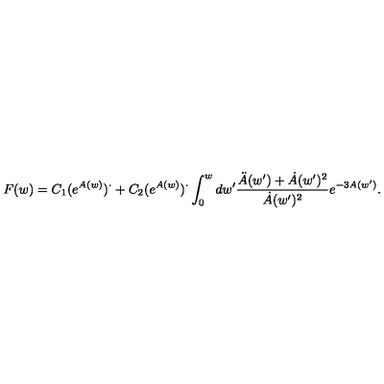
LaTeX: F ( w ) = C _ { 1 } ( e ^ { A ( w ) } ) ^ { \cdot } + C _ { 2 } ( e ^ { A ( w ) } ) ^ { \cdot } \int _ { 0 } ^ { w } d w ^ { \prime } \frac { \ddot { A } ( w ^ { \prime } ) + \dot { A } ( w ^ { \prime } ) ^ { 2 } } { \dot { A } ( w ^ { \prime } ) ^ { 2 } } e ^ { - 3 A ( w ^ { \prime } ) } .